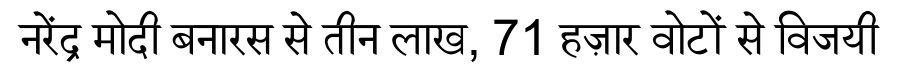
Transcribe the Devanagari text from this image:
नरेंद्र मोदी बनारस से तीन लाख, 71 हज़ार वोटों से विजयी